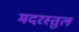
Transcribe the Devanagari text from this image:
मदरस्तुल